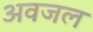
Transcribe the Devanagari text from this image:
अवजल